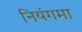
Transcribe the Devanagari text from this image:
नियंगमा